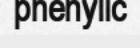
phenylic